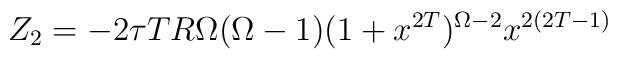
Z_2 = -2\tau T R\Omega (\Omega-1) (1+x^{2T})^{\Omega-2} {x^{2(2T-1)}}